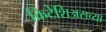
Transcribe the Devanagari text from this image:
क्रिटेशिअसच्या